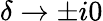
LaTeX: \delta\to\pm i0